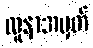
လူနာအမှတ်